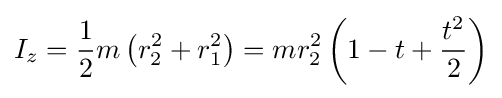
I_{z}={\frac {1}{2}}m\left(r_{2}^{2}+r_{1}^{2}\right)=mr_{2}^{2}\left(1-t+{\frac {t^{2}}{2}}\right)